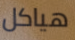
هياكل